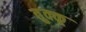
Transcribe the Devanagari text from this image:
तुक्कू